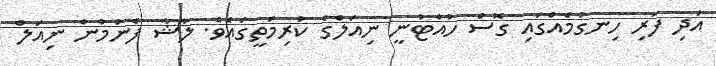
އަދި ފަރި ހިނގުމެއްގައި ގޮސް ހުއްޓުނީ ނިއަލްގެ ކުރިމަތީގައެވެ. ލާޝާ ފެނުމުން ނިއަލް